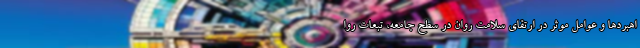
اهبردها و عوامل موثر در ارتقای سلامت روان در سطح جامعه، تبعات روا